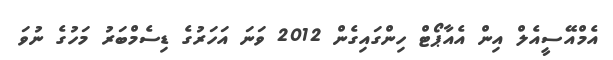
އެމްއޭސީއެލް އިން އެއާޕޯޓް ހިންގައިގެން 2012 ވަނަ އަހަރުގެ ޑިސެމްބަރު މަހުގެ ނުވަ